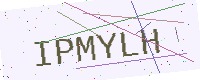
Text: IPMYLH